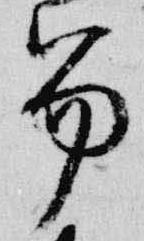
笏